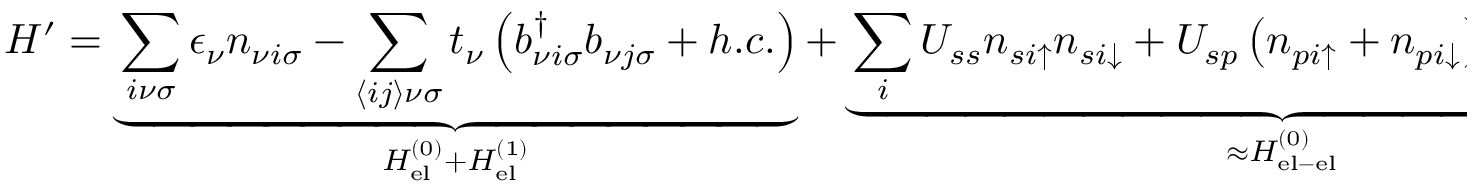
H ^ { \prime } = \underbrace { \sum _ { i \nu \sigma } \epsilon _ { \nu } n _ { \nu i \sigma } - \sum _ { \langle i j \rangle \nu \sigma } t _ { \nu } \left( b _ { \nu i \sigma } ^ { \dagger } b _ { \nu j \sigma } + h . c . \right) } _ { H _ { \mathrm { e l } } ^ { ( 0 ) } + H _ { \mathrm { e l } } ^ { ( 1 ) } } + \underbrace { \sum _ { i } U _ { s s } n _ { s i \uparrow } n _ { s i \downarrow } + U _ { s p } \left( n _ { p i \uparrow } + n _ { p i \downarrow } \right) \left( n _ { s i \uparrow } + n _ { s i \downarrow } \right) } _ { \approx H _ { \mathrm { e l - e l } } ^ { ( 0 ) } } ,